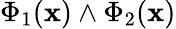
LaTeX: \Phi_{1}(\mathbf{x})\land\Phi_{2}(\mathbf{x})